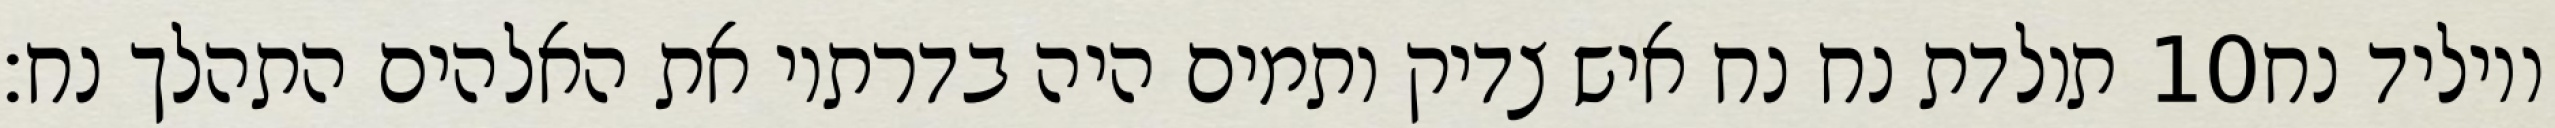
תולדת נח נח איש צדיק ותמים היה בדרתיו את האלהים התהלך נח׃ ‎10‏ ויוליד נח